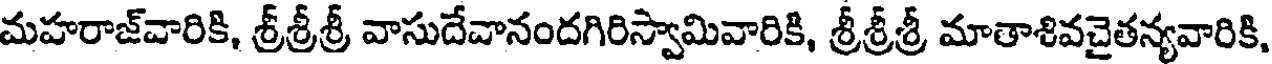
మహరాజ్వారికి, శ్రీశ్రీశ్రీ వాసుదేవానందగిరిస్వామివారికి, శ్రీశ్రీశ్రీ మాతాశివచైతన్యవారికి,